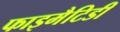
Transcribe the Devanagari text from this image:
फाइमैटिडी